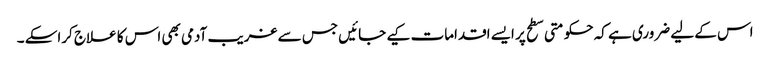
اس کے لیے ضروری ہے کہ حکومتی سطح پر ایسے اقدامات کیے جائیں جس سے غریب آدمی بھی اس کا علاج کراسکے ۔